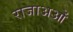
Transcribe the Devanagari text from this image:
राजाअओं